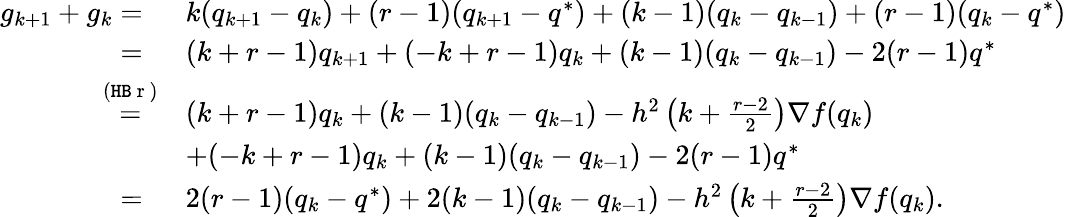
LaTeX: \begin{array}{rl}{g_{k+1}+g_{k}=\ }&{k(q_{k+1}-q_{k})+(r-1)(q_{k+1}-q^{*})+(k-1)(q_{k}-q_{k-1})+(r-1)(q_{k}-q^{*})}\\ {=\ }&{(k+r-1)q_{k+1}+(-k+r-1)q_{k}+(k-1)(q_{k}-q_{k-1})-2(r-1)q^{*}}\\ {\overset{\mathrm{(\texttt{HB}~r~)}}{=}}&{(k+r-1)q_{k}+(k-1)(q_{k}-q_{k-1})-h^{2}\left(k+\frac{r-2}{2}\right)\nabla f(q_{k})}\\ &{+(-k+r-1)q_{k}+(k-1)(q_{k}-q_{k-1})-2(r-1)q^{*}}\\ {=\ }&{2(r-1)(q_{k}-q^{*})+2(k-1)(q_{k}-q_{k-1})-h^{2}\left(k+\frac{r-2}{2}\right)\nabla f(q_{k}).}\end{array}